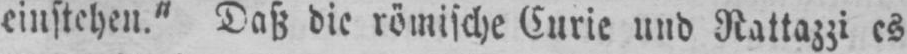
einstehen.“ Daß die römische Curie und Rattazzi es